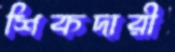
শিকদারী